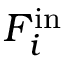
F _ { i } ^ { \mathrm { i n } }